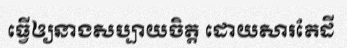
ធ្វើឲ្យនាងសប្បាយចិត្ត ដោយសារតែដី